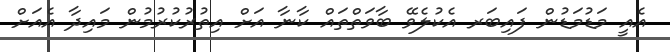
އެއީ މަޑުމަޑުން ފައިބަރ އެކުލެވޭ ބާވަތްތައް ކާނާ އަށް އިތުރުކުރުމުން މައިދާ އެއަށް